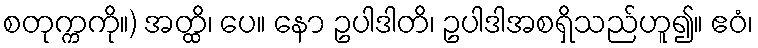
စတုက္ကကို။) အတ္ထိ၊ ပေ။ နော ဥပါဒါတိ၊ ဥပါဒါအစရှိသည်ဟူ၍။ ဧဝံ၊